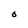
Character: O